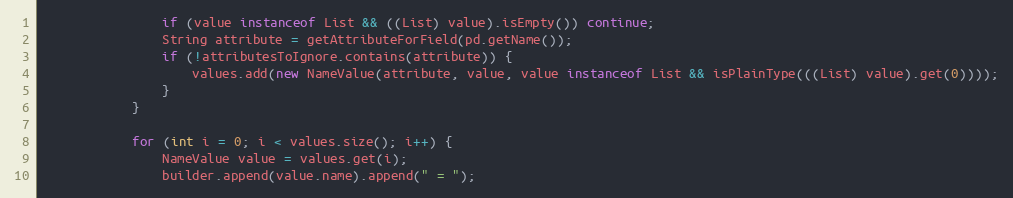
Language: Java
                if (value instanceof List && ((List) value).isEmpty()) continue;
                String attribute = getAttributeForField(pd.getName());
                if (!attributesToIgnore.contains(attribute)) {
                    values.add(new NameValue(attribute, value, value instanceof List && isPlainType(((List) value).get(0))));
                }
            }

            for (int i = 0; i < values.size(); i++) {
                NameValue value = values.get(i);
                builder.append(value.name).append(" = ");